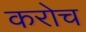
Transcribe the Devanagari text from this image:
करोच